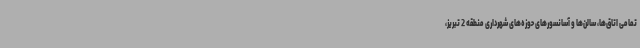
تمامی اتاق‌ها، سالن‌ها و آسانسورهای حوزه‌های شهرداری منطقه 2 تبریز،